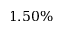
1 . 5 0 \%